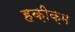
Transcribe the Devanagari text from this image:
हक़ीक़म